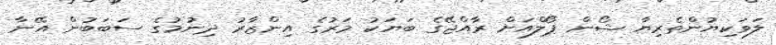
ލަވަކިޔުންތެރިޔާ ޝޯން ޕޯލްއަށް ރާއްޖޭގެ ބަޔަކު މަރުގެ އިންޒާރު ދިނުމުގެ ސަބަބުން އޭނާ